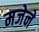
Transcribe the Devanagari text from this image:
मजेने